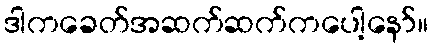
ဒါကခေတ်အဆက်ဆက်ကပေါ့နော်။